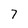
Character: 7